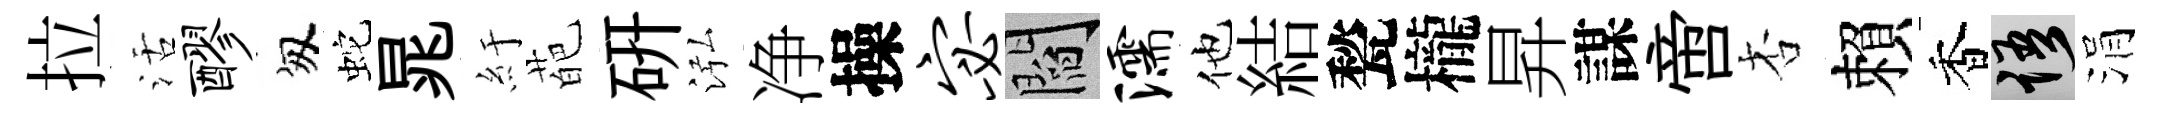
拉活醪匆蛇晁紆葩硏泓净操宓閻濡他結甃櫳昇謀啻杏賴香語涓